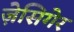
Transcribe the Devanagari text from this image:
ज़ेसिगेर